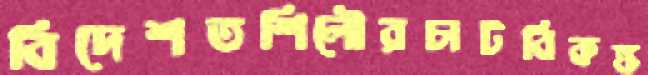
বিদেশতশিলৌরচাটবিকঙ্ক